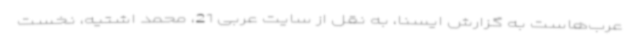
عرب‌هاست به گزارش ایسنا، به نقل از سایت عربی 21، محمد اشتیه، نخست